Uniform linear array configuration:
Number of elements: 24
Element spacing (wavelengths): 1
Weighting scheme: blackman
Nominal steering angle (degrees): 45
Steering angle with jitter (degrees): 45.59
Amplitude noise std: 0.05
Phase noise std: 0.05

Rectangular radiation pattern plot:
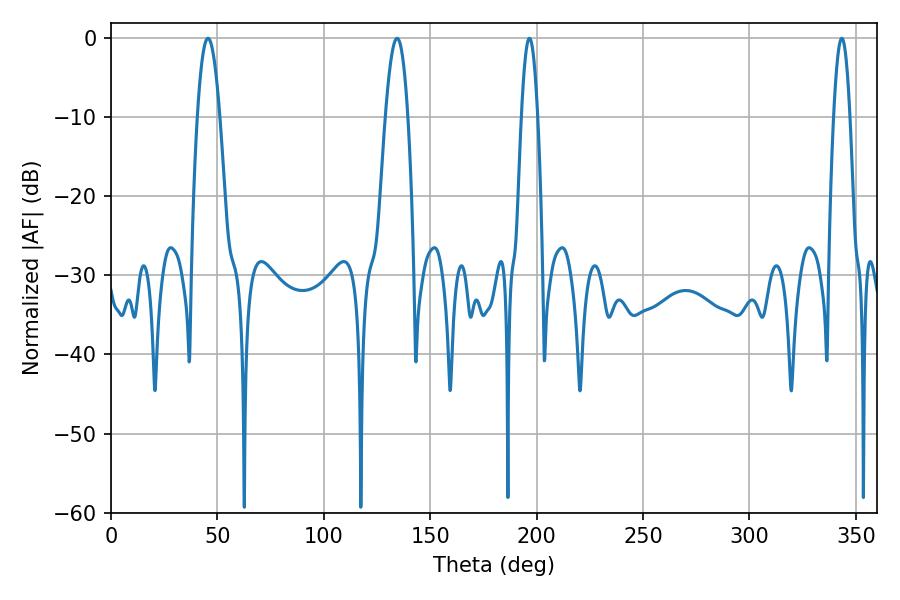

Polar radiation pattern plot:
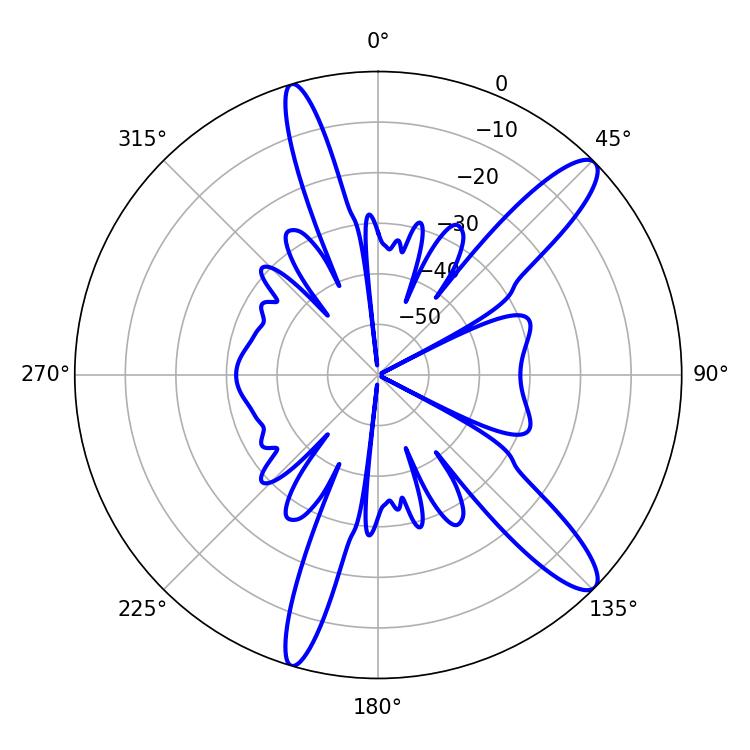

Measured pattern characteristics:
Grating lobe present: TRUE
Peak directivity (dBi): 12.544
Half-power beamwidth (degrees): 5.76
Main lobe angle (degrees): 45.54